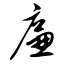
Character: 廉